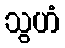
သွဟံ